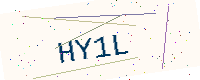
Text: HY1L